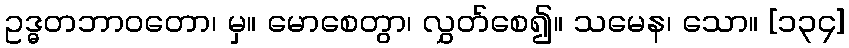
ဥဒ္ဓတဘာဝတော၊ မှ။ မောစေတွာ၊ လွှတ်စေ၍။ သမေန၊ သော။ [၁၃၄]